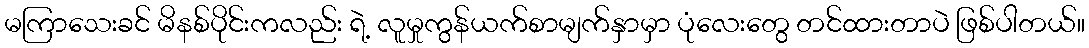
မကြာသေးခင် မိနစ်ပိုင်းကလည်း ရဲ့ လူမှုကွန်ယက်စာမျက်နှာမှာ ပုံလေးတွေ တင်ထားတာပဲ ဖြစ်ပါတယ်။